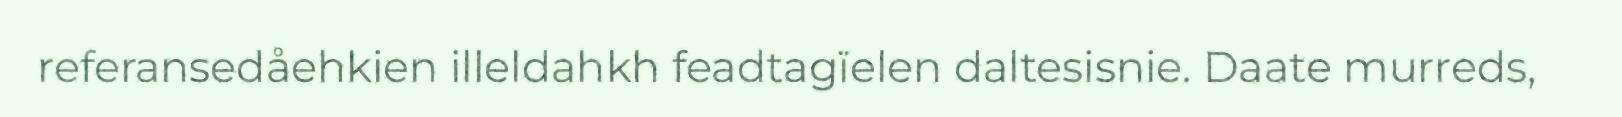
referansedåehkien illeldahkh feadtagïelen daltesisnie. Daate murreds,